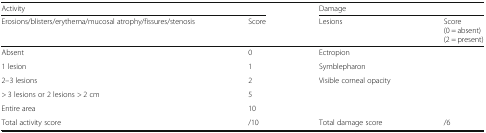
| <COLSPAN=2> Activity | <COLSPAN=2> Damage |
 | Erosions/blisters/erythema/mucosal atrophy/fissures/stenosis | Score | Lesions | Score(0 = absent)(2 = present) |
 | --- | --- | --- | --- |
 | Absent | 0 | Ectropion |  |
 | 1 lesion | 1 | Symblepharon |  |
 | 2–3 lesions | 2 | Visible corneal opacity |  |
 | > 3 lesions or 2 lesions > 2 cm | 5 |  |  |
 | Entire area | 10 |  |  |
 | Total activity score | /10 | Total damage score | /6 |